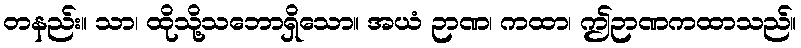
တနည်း။ သာ၊ ထိုသို့သဘောရှိသော။ အယံ ဉာဏ၊ ကထာ၊ ဤဉာဏကထာသည်။